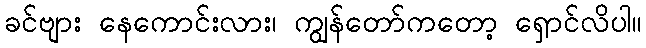
ခင်ဗျား နေကောင်းလား၊ ကျွန်တော်ကတော့ ရှောင်လိပါ။